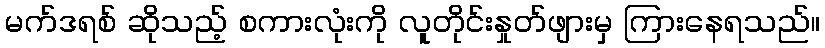
မက်ဒရစ် ဆိုသည့် စကားလုံးကို လူတိုင်းနှုတ်ဖျားမှ ကြားနေရသည်။